King Institute of Preventive Medicine Micro-Biological Section reports 1912-19
Year: 1912
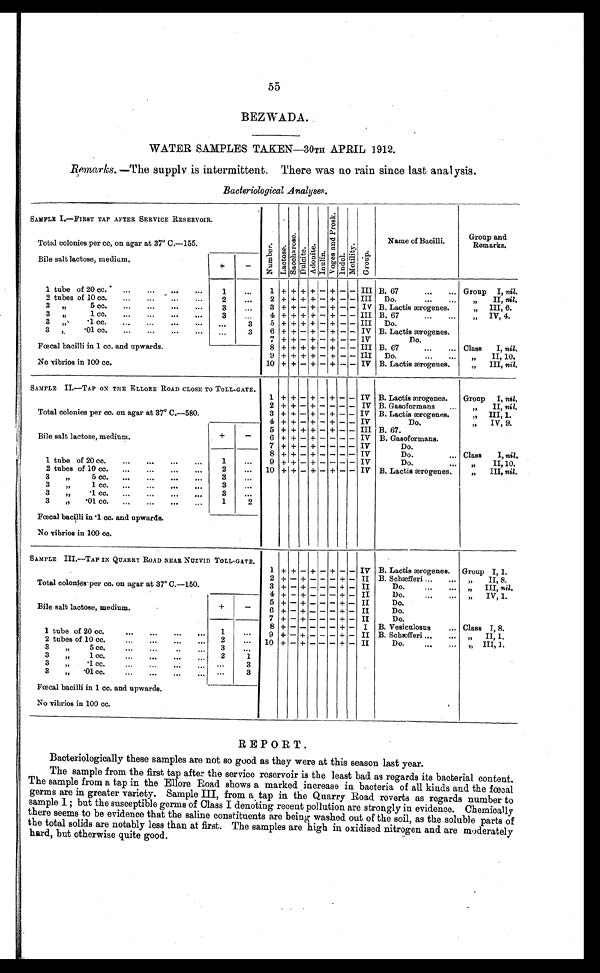
55
BEZWADA.
WATER SAMPLES TAKEN—30TH APRIL 1912.
Remarks. —The supply is intermittent. There was no rain since last analysis.
Bacteriological A nalyses.
SAMPLE I.—FIRST TAP AFTER SERVICE RESERVOIR.
N u m b e r .
L a c t o s e .
S a c c h a r o s e .
D u l c i t e .
A d o n i t e .
I n u l i n .
V o g e s a n d P r o s k .
I n d o l .
Mo t i l i t y .
G r o ù p .
Name of Bacilli.
Group and
Remarks.
Total colonies per cc, on agar at 37° C.—155.
Bile salt lactose, medium.
+
-
1 tube of 20 cc.
...
... ... . . .
1
. . .
1 + + + + - + - - III B. 67
...
... Group I, nil.
2 tubes of 10 cc. . . .
. . .
. . . . . .
2
. . .
2 + + + + - + - - III D o .
„
II‚ nil.
3 „
5 cc.
...
...
...
. . .
3
. . . 3 + + - + - + - - IV B. Lactis ærogenes.
„ III‚ 6.
3„1 cc. . . . . . . . .
•••
3
. . . 4 + + + + - + - -
- III B. 67
„IV, 4.
3 , , . 1 c c . . .
3
. . . 3
5 + + +
+ - + - - III Do.
3 ,
3
6
7
+ + - + -
+
- - IV
IV
B. Lactis ærogenes.
Do.
Fœcal bacilli in 1 cc. and upwards.
8 + + + + - + - - III B. 67
...
... Class I, nil.
9
+
+ - - III Do,
II, 10.
No vibrios in 100 cc.
10 + + - + - + - - IV B. Lactis ærogenes.
III, nil.
SAMPLE II.—TAP ON THE ELLORE ROAD CLOSE TO TOLL-GATE.
1 + + - +
- +
- -
IV B. Lactis ærogenes.
Group I, nil.
Total colonies per cc. on agar at 37° C.—580.
-
2 + + - + - - - - IV B. Gasoformans ...
„
II, nil.
3 + + — + — + - - IV B. Lactis ærogenes.
,, III, 1.
4
- IV
Do.
„ IV, 9.
5 + + + + — + - - III B.67.
Bile salt lactose, medium.
-
6 + + - + - - - - IV B. Gasoformans,
7 +
- - _ _ IV
Do.
8 + + - + - - - - IV
Do.
. . . Class
I, nil ,
1 tube of 20 cc.
...
...
...
...
1
...
9
- - -- IV
Do.
... „
II, 10.
2 tubes of 10 cc. ...
...
...
...
2
... 10 + + - + - + - - IV B. Lactis ærogenes.
„
III, nil.
3
3
. . .
3
3
...
3
,
3
. . .
3
,,
.01 cc. ... ... ... ..,
1
2
Fœcal bacilli in .1 cc. and upwards.
No vibrios in 100 cc.
SAMPLE III.—TAP IN QUARRY ROAD NEAR NUZVID TOLL-GATE.
1 + + - + - + - - IV B. Lactis ærogenes. Group I, 1.
Total colonies per cc. on agar at 37° C.—150.
2 + - +- - - + - II B. Schæfferi ... ... „
II, 8.
3 + - +- - - + - II
Do.
...
... „ III, nil.
4 + +- - - +- II
Do.
...
... „ IV, 1.
Bile salt lactose, medium.
-
5 + +- - - +- II
Do.
6 + - +- - - + - II
Do.
7 +
+- - - +- II
Do.
8 +
+ - I B. Vesiculosus
... Class I, 8,
1 tube of 20 cc....
. . . ...
...
9 + - +
- - + - II B. Scbæefferi ... ...
„
II, 1.
2 tubes of 10 cc....
. . . •••
...
...
10 + - + - - + - II
Do.
...
...
.
„ III, I.
3
I, 5 cc. ... ...
3
. . .
3
1 cc.
•••
•••
...
•••
2
1
3.1 cc.
...
...
..•
, ,
. . .
3
3
„ .01 cc. ... ... ... ...
. . .
3
Fœcal bacilli in 1 cc. and upwards.
No vibrios in 100 cc.
REPORT.
Bacteriologically these samples are not so good as they were at this season last year.
The sample from the first tap after the service reservoir is the least bad as regards its bacterial content.
The sample from a tap in the Ellore Road shows a marked increase in bacteria of all kinds and the fœcal
germs are in greater variety. Sample III, from a tap in the Quarry Road reverts as regards number to
sample I ; but the susceptible germs of Class I denoting recent pollution are strongly in evidence. Chemically
there seems to be evidence that the saline constituents are being washed out of the soil, as the soluble parts of
the total solids are notably less than at first. The samples are high in oxidised nitrogen and are moderately
hard, but otherwise quite good.